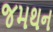
જમથન